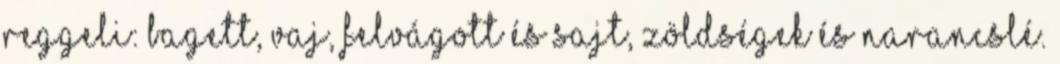
reggeli: bagett, vaj, felvágott és sajt, zöldségek és narancslé.